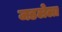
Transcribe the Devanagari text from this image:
जडलेला